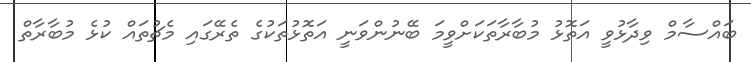
ބައްސާމް ވިދާޅުވީ އަތޮޅު މުބާރާތަކަށްވީމަ ބޭނުންވަނީ އަތޮޅުތަކުގެ ތެރޭގައި މެޗުތައް ކުޅެ މުބާރާތް